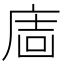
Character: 𢉈